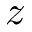
z